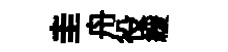
圭舟役緩